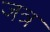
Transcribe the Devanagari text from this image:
जत्र